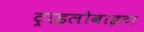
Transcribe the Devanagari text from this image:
ट्राइलोबाइटा